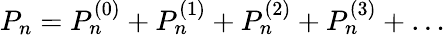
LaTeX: P_{n}=P_{n}^{(0)}+P_{n}^{(1)}+P_{n}^{(2)}+P_{n}^{(3)}+\dots